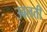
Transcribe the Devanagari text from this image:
उबलती